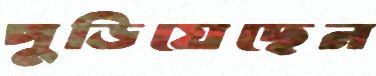
পুড়িয়েছেন